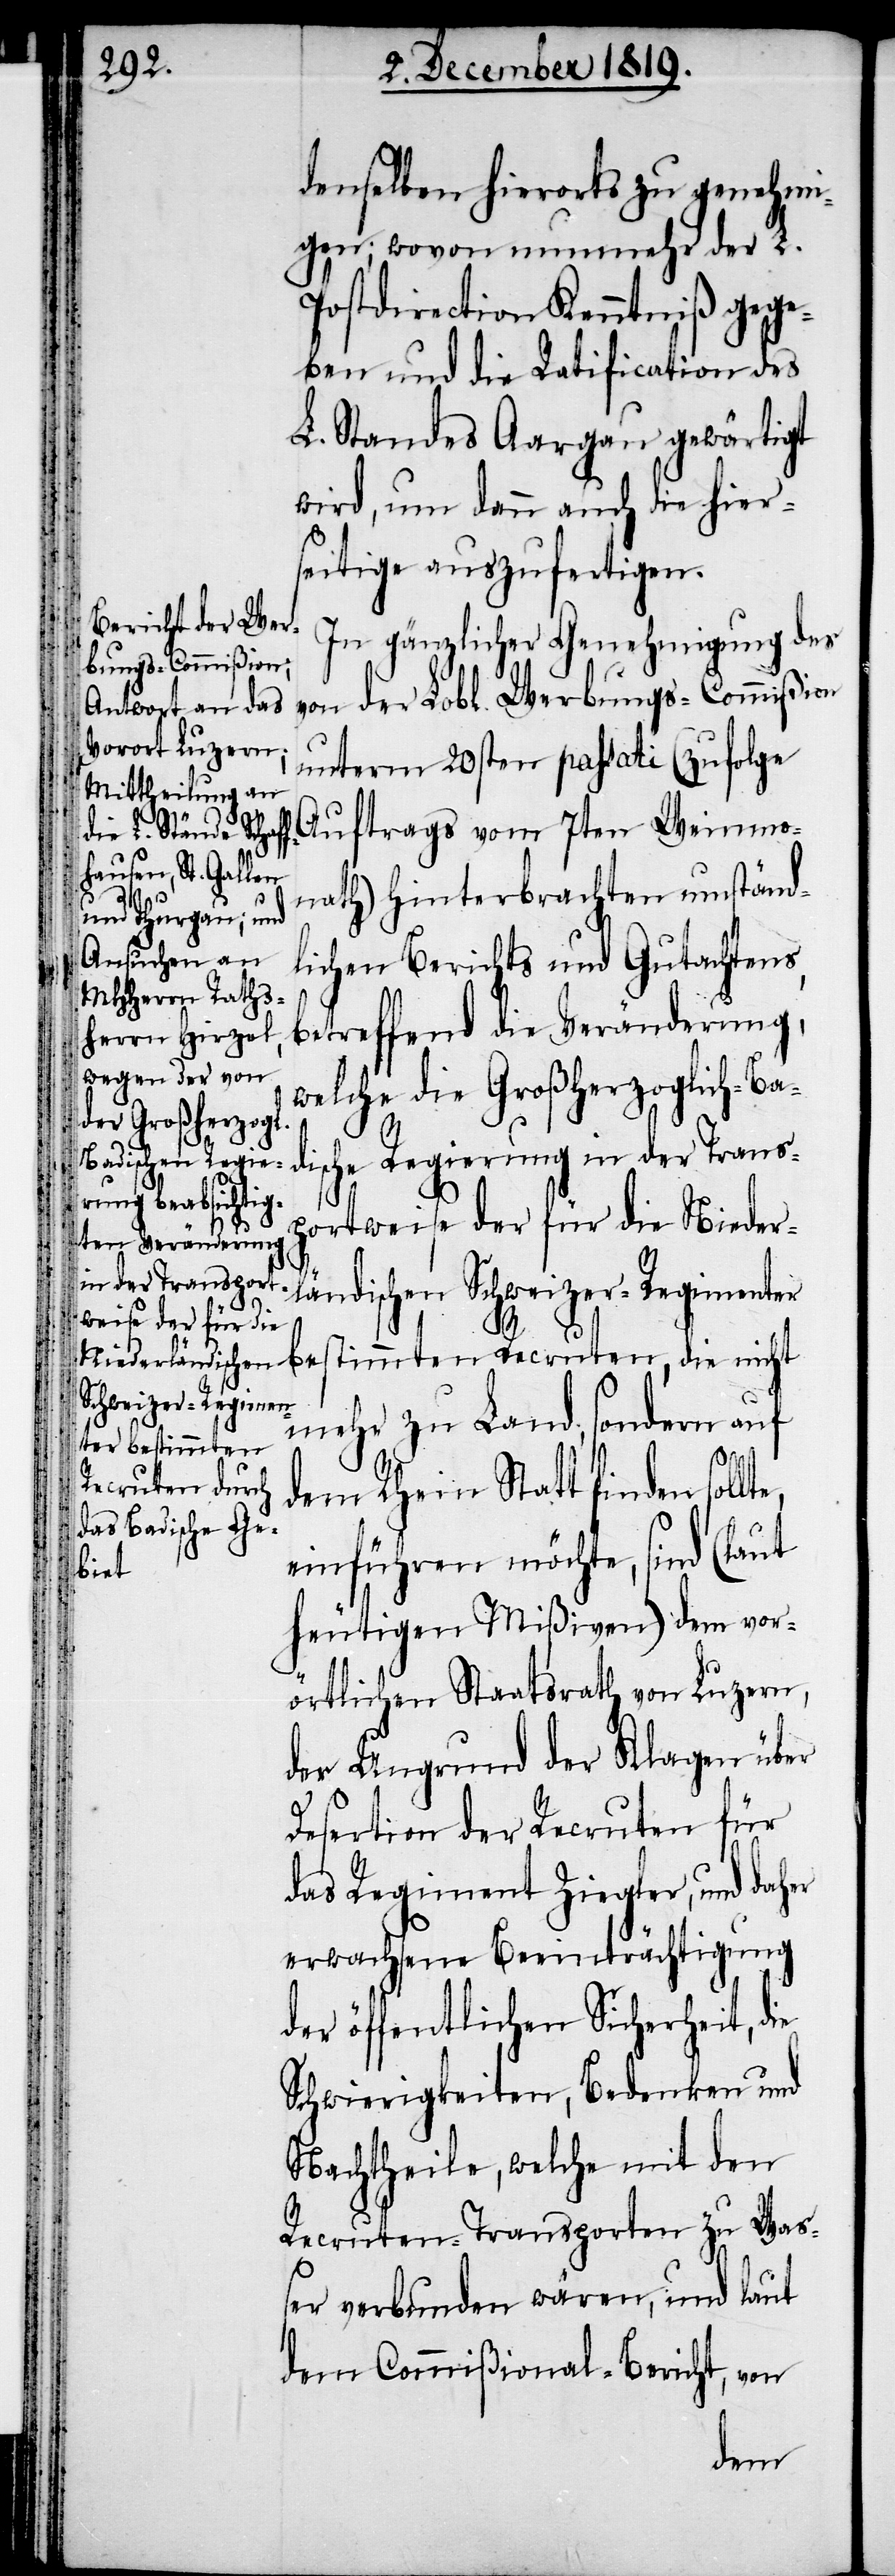
denselben hierorts zu genehmi¬
gen; wovon nunmehr der L.
Postdirection Kenntniß gege¬
ben und die Ratification des
L. Standes Aargau gewärtigt
wird, um dann auch die hier¬
seitige auszufertigen.
In gänzlicher Genehmigung des
von der Lobl. Werbungs-Commißion
unterm 20sten passati (zufolge
Auftrags vom 7ten Weinmon¬
ath) hinterbrachten umständ¬
lichen Berichts und Gutachtens,
betreffend die Veränderung,
welche die Großherzoglich-Ba¬
dische Regierung in der Transp¬
lte,
ortweise der für die Nieder¬
ländischen Schweizer-Regimen¬
mehr zu Land, sondern auf
ter bestimmten
Recruten, die
dem Rhein Statt finden sol¬
einführen möchte, sind (laut
ie
heutigen Mißiven) dem vor¬
örtlichen Staatsrath von Luzern,
der Ungrund der Klagen über
Desertion der Recruten für
das Regiment Ziegler, und daher
erwachsene Beeinträchtigung
der öffentlichen Sicherheit, d¬
Schwierigkeiten, Bedenken und
Nachtheile, welche mit den
Recruten-Transporten zu Was¬
ser verbunden wären, und laut
dem Commißional-Bericht, von